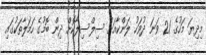
މިދިޔަ މަހުގެ 21 ވަނަ ދުވަހު ލަންކާއަށް ސިލްސިލާކޮށް ދިން ބޮމުގެ ހަމަލާތަކުގައި